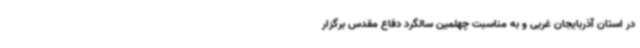
در استان آذربایجان غربی و به مناسبت چهلمین سالگرد دفاع مقدس برگزار